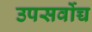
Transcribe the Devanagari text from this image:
उपसर्वोच्च